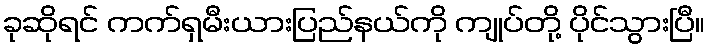
ခုဆိုရင် ကက်ရှမီးယားပြည်နယ်ကို ကျုပ်တို့ ပိုင်သွားပြီ။